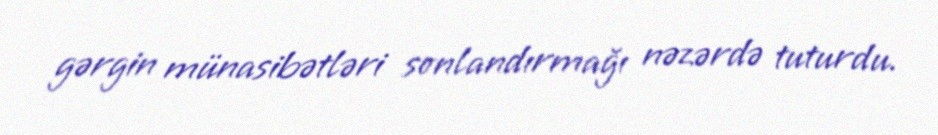
gərgin münasibətləri sonlandırmağı nəzərdə tuturdu.